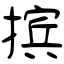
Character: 摈